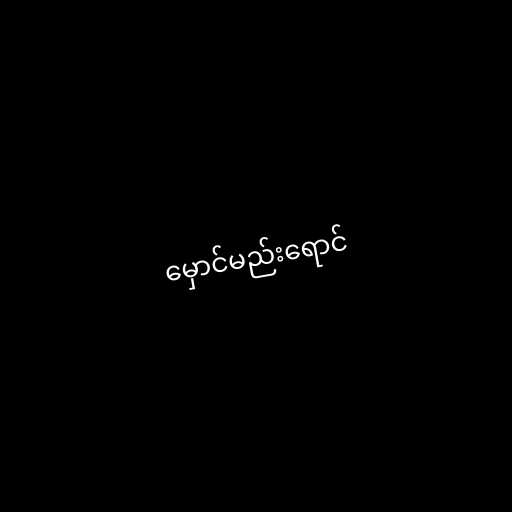
မှောင်မည်းရောင်